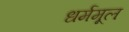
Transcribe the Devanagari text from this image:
धर्ममूल